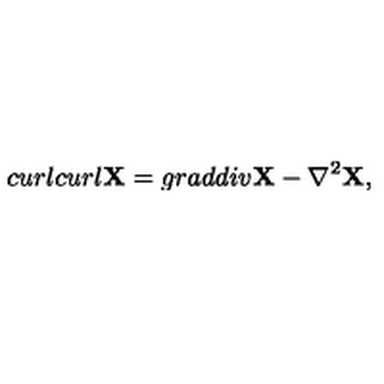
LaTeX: c u r l c u r l { \bf X } = g r a d d i v { \bf X } - { \bf \nabla } ^ { 2 } { \bf X } ,